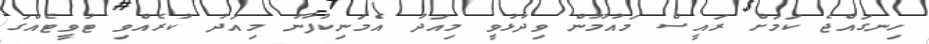
ހިނގައްޖެ ކަމަށް ރައީސް މައުމޫން ވިދާޅުވީ މިއަދު އެމަނިކުފާނު މިއަދު ކުރެއްވި ޓުވީޓެއްގަ